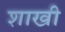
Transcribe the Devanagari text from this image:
शाखी